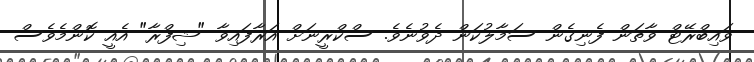
ވައިބްރޭޓް ވާތަން ފެނިގެން ސަމާލުކަން ދެވުނެވެ. ސްކްރީނަށް އަރާފައިވާ "ޝިފްރާ" އެއީ ކޮންމެވެސް